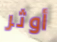
أوثر